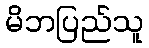
မိဘပြည်သူ